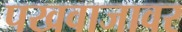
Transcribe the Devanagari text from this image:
पखवाजावर